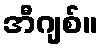
အီဂျစ်။